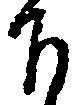
下